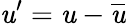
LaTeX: \mathit{u}^{\prime}=\mathit{u}-{\overline{{{\mathit{u}}}}}